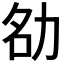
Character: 𪟚